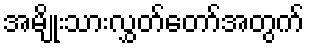
အမျိုးသားလွှတ်တော်အတွက်